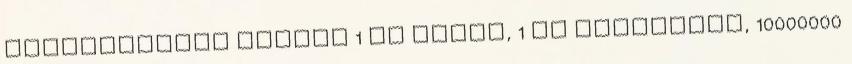
hírnévpontot kaptál 1 db ezüst, 1 db manógomba, 10000000